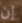
إن